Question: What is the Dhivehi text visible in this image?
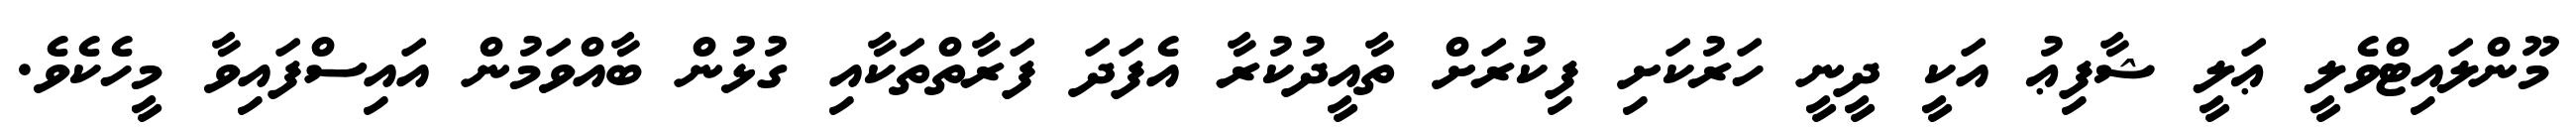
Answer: މޫންލައިޓްވެލީ ޢަލީ ޝާފިޢު އަކީ ދީނީ ހަރުކަށި ފިކުރަށް ތާއީދުކުރާ އެފަދަ ފަރާތްތަކާއި ގުޅުން ބާއްވަމުން އައިސްފައިވާ މީހެކެވެ.